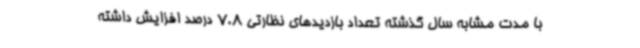
با مدت مشابه سال گذشته تعداد بازدیدهای نظارتی 7.8 درصد افزایش داشته